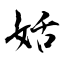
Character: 姡